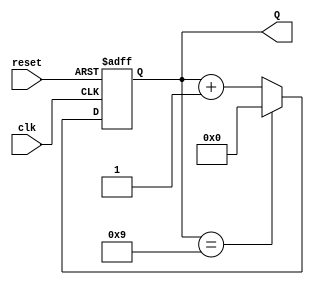
module decade_asynchronous_counter (
    input wire clk,       // Clock input
    input wire reset,     // Asynchronous reset input
    output reg [3:0] Q    // 4-bit output representing the current count state
);

// Always block for the counter logic
always @(posedge clk or posedge reset) begin
    if (reset) begin
        Q <= 4'b0000; // Reset the counter to 0000
    end else begin
        if (Q == 4'b1001) begin
            Q <= 4'b0000; // Reset to 0000 after reaching 1001
        end else begin
            Q <= Q + 1; // Increment the counter
        end
    end
end

endmodule